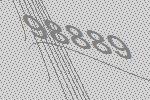
98889